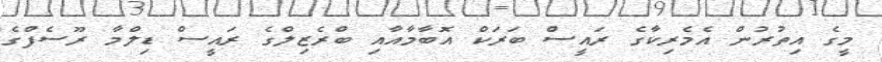
މީގެ އިތުރުން އެމެރިކާގެ ރައީސް ބަރަކް އޮބާމާއާއި ބްރެޒިލްގެ ރައީސް ޑިލްމާ ރޫސެފްގެ